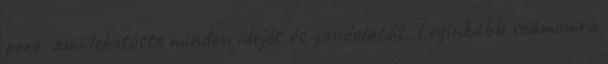
pere, ami lekötötte minden idejét és gondolatát. Leginkább számomra